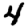
Digit: 4